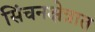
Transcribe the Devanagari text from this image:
सिंचनक्षेत्रात